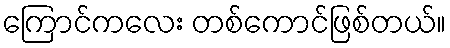
ကြောင်ကလေး တစ်ကောင်ဖြစ်တယ်။